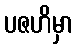
ပဇဟိမှာ